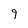
Character: 9